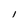
Character: I